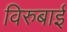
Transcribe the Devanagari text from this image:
विरुबाई